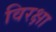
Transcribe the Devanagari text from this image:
विरक्षा